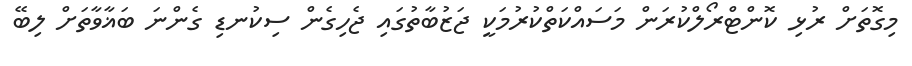
މިގޮތަށް ރުޅި ކޮންޓްރޯލްކުރަން މަސައްކަތްކުރުމަކީ ޖަޒުބާތުގައި ޖެހިގެން ސިކުނޑި ގެންނަ ބަޣާވާތަށް ލިބޭ